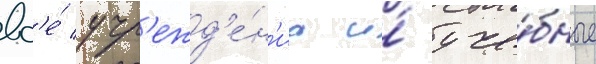
вс'е́ учр'ежд'е́н'иа и́ уче́бные